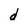
Character: d